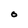
Character: O